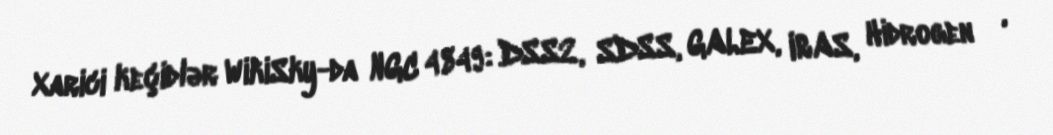
Xarici keçidlər WikiSky-da NGC 4849: DSS2, SDSS, GALEX, IRAS, Hidrogen α,